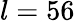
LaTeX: l=56